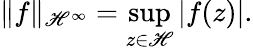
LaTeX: \| f\| _{\mathscr{H}^{\infty}}=\operatorname*{sup}_{z\in\mathbf{{\mathscr{H}}}}|f(z)|.